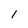
Character: 1